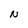
Character: N